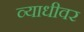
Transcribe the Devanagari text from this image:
व्याधीवर